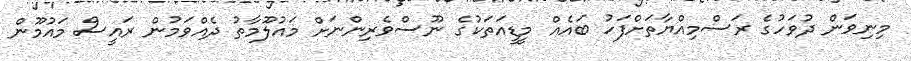
މިނިވަން ދުވަހުގެ ރަސްމިއްޔާތަށްފަހު ބައެއް މީޑީއަތަކުގެ ނޫސްވެރިންނަށް މައުލޫމާތު ދެއްވަމުން ރައީސް މައުމޫން